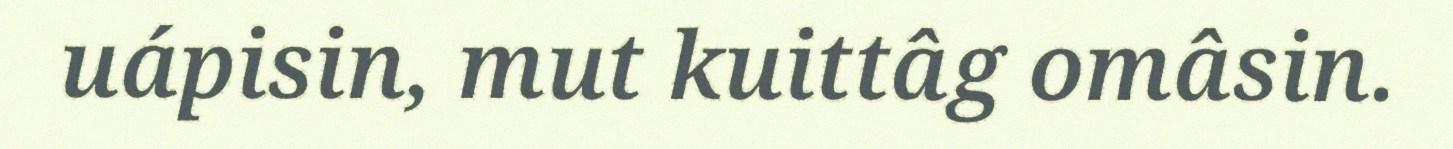
uápisin, mut kuittâg omâsin.